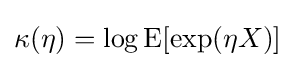
\kappa (\eta )=\log \mathrm {E} [\exp(\eta X)]